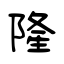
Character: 隆